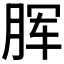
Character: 𣍯